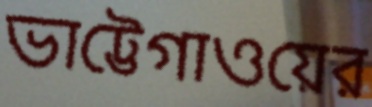
ভাট্টেগাওয়ের